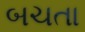
બચતા